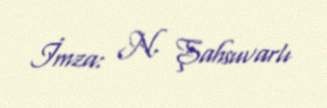
İmza: N. Şahsuvarlı